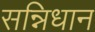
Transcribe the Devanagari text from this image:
सन्निधान